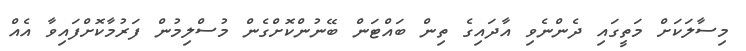
މިސާލަކަށް މަތީގައި ދެންނެވި އާދައިގެ ތިން ބައްޓަން ބޭނުންކޮށްގެން މުސްލިމުން ފަރުމާކޮށްފައިވާ އެއް